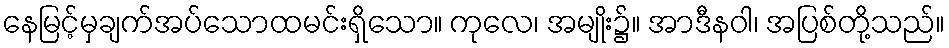
နေမြင့်မှချက်အပ်သောထမင်းရှိသော။ ကုလေ၊ အမျိုး၌။ အာဒီနဝါ၊ အပြစ်တို့သည်။